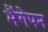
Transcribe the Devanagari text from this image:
भैंगेपन